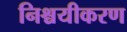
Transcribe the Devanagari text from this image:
निश्चयीकरण